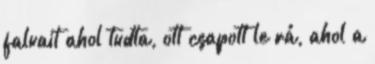
falvait ahol tudta, ott csapott le rá, ahol a